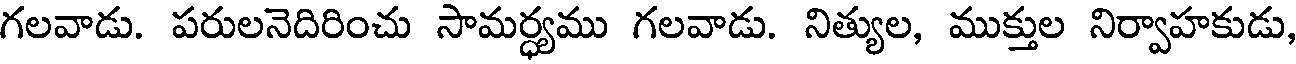
గలవాడు. పరులనెదిరించు సామర్ధ్యము గలవాడు. నిత్యుల, ముక్తుల నిర్వాహకుడు,